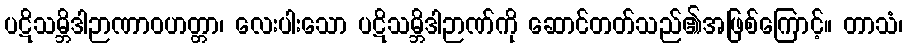
ပဋိသမ္ဘိဒါဉာဏာဝဟတ္တာ၊ လေးပါးသော ပဋိသမ္ဘိဒါဉာဏ်ကို ဆောင်တတ်သည်၏အဖြစ်ကြောင့်။ တာသံ၊